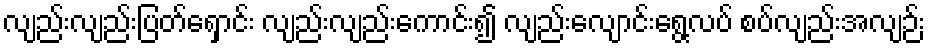
လျည်းလျည်းပြတ်ရှောင်း လျည်းလျည်းကောင်း၍ လျည်းလျောင်းရွေ့လပ် စပ်လျည်းအလျဉ်း